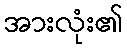
အားလုံး၏